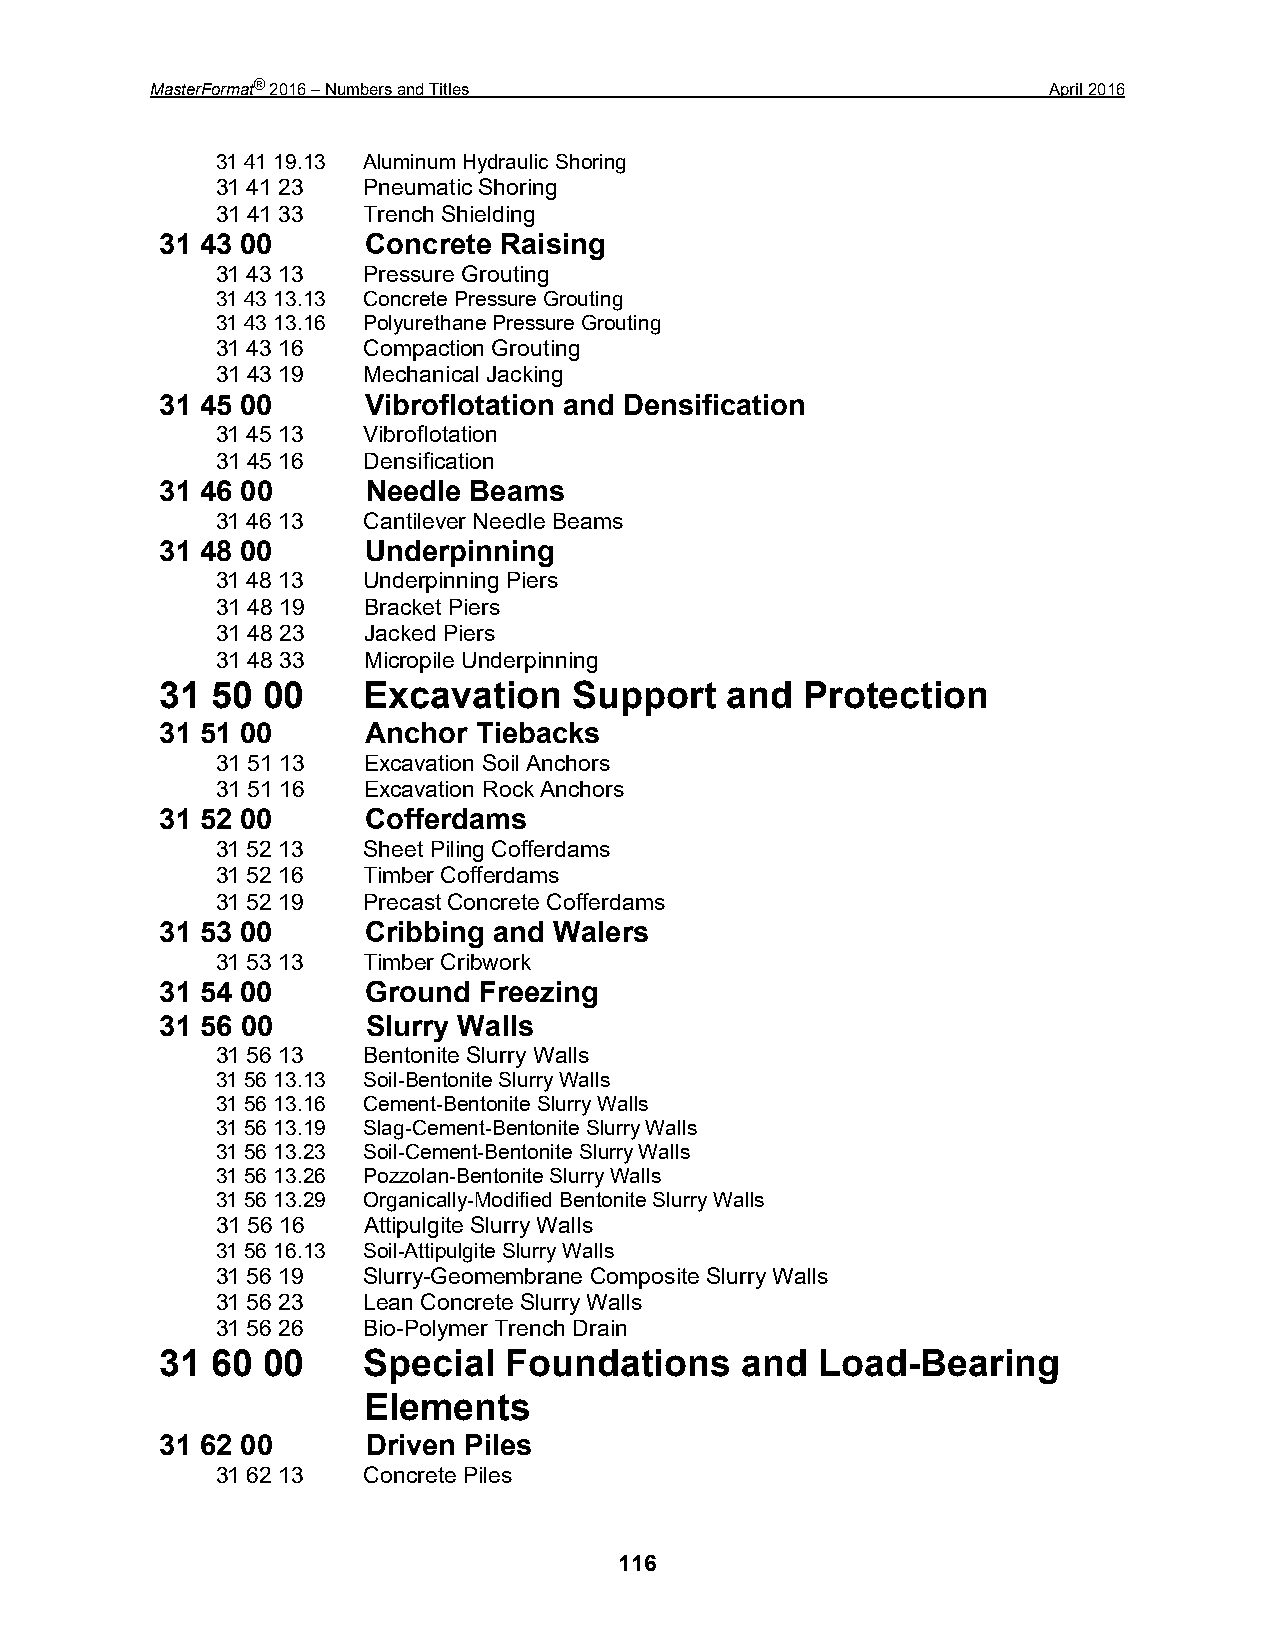
MasterFormat® 2016 – Numbers and Titles                     April 2016
 31 41 19.13 Aluminum Hydraulic Shoring
 31 41 23  Pneumatic Shoring
 31 41 33  Trench Shielding
 31 43 00     Concrete Raising
 31 43 13  Pressure Grouting
 31 43 13.13 Concrete Pressure Grouting
 31 43 13.16 Polyurethane Pressure Grouting
 31 43 16  Compaction Grouting
 31 43 19  Mechanical Jacking
 31 45 00     Vibroflotation and Densification
 31 45 13  Vibroflotation
 31 45 16  Densification
 31 46 00     Needle Beams
 31 46 13  Cantilever Needle Beams
 31 48 00     Underpinning
 31 48 13  Underpinning Piers
 31 48 19  Bracket Piers
 31 48 23  Jacked Piers
 31 48 33  Micropile Underpinning
 31 50 00     Excavation    Support   and  Protection
 31 51 00     Anchor  Tiebacks
 31 51 13  Excavation Soil Anchors
 31 51 16  Excavation Rock Anchors
 31 52 00     Cofferdams
 31 52 13  Sheet Piling Cofferdams
 31 52 16  Timber Cofferdams
 31 52 19  Precast Concrete Cofferdams
 31 53 00     Cribbing and Walers
 31 53 13  Timber Cribwork
 31 54 00     Ground  Freezing
 31 56 00     Slurry Walls
 31 56 13  Bentonite Slurry Walls
 31 56 13.13 Soil-Bentonite Slurry Walls
 31 56 13.16 Cement-Bentonite Slurry Walls
 31 56 13.19 Slag-Cement-Bentonite Slurry Walls
 31 56 13.23 Soil-Cement-Bentonite Slurry Walls
 31 56 13.26 Pozzolan-Bentonite Slurry Walls
 31 56 13.29 Organically-Modified Bentonite Slurry Walls
 31 56 16  Attipulgite Slurry Walls
 31 56 16.13 Soil-Attipulgite Slurry Walls
 31 56 19  Slurry-Geomembrane Composite Slurry Walls
 31 56 23  Lean Concrete Slurry Walls
 31 56 26  Bio-Polymer Trench Drain
 31 60 00     Special  Foundations     and  Load-Bearing
 Elements
 31 62 00     Driven Piles
 31 62 13  Concrete Piles
 116